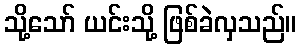
သို့သော် ယင်းသို့ ဖြစ်ခဲလှသည်။